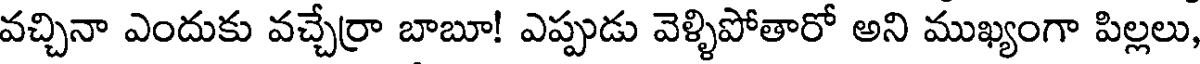
వచ్చినా ఎందుకు వచ్చేర్రా బాబూ! ఎప్పుడు వెళ్ళిపోతారో అని ముఖ్యంగా పిల్లలు,